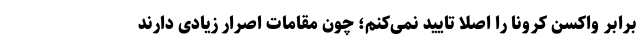
برابر واکسن کرونا را اصلا تایید نمی‌کنم؛ چون مقامات اصرار زیادی دارند